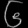
Digit: ၆